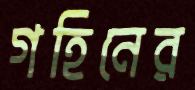
গহিনের